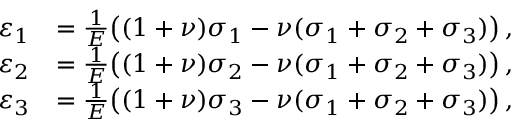
{ \begin{array} { r l } { \varepsilon _ { 1 } } & { = { \frac { 1 } { E } } { \big ( } ( 1 + \nu ) \sigma _ { 1 } - \nu ( \sigma _ { 1 } + \sigma _ { 2 } + \sigma _ { 3 } ) { \big ) } \, , } \\ { \varepsilon _ { 2 } } & { = { \frac { 1 } { E } } { \big ( } ( 1 + \nu ) \sigma _ { 2 } - \nu ( \sigma _ { 1 } + \sigma _ { 2 } + \sigma _ { 3 } ) { \big ) } \, , } \\ { \varepsilon _ { 3 } } & { = { \frac { 1 } { E } } { \big ( } ( 1 + \nu ) \sigma _ { 3 } - \nu ( \sigma _ { 1 } + \sigma _ { 2 } + \sigma _ { 3 } ) { \big ) } \, , } \end{array} }